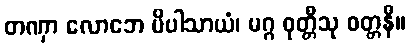
တဏှာ လောဘေ ပိပါသာယံ၊ မဂ္ဂ ဝုတ္တီသု ဝတ္တနီ။